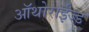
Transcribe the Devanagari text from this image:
ऑथोराईज्ड